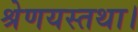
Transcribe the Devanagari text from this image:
श्रेणयस्तथा।